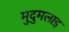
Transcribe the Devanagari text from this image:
मुदुमलाइ